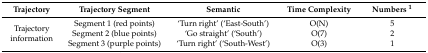
<table><thead><tr><td><b>Trajectory</b></td><td><b>Trajectory Segment</b></td><td><b>Semantic</b></td><td><b>Time Complexity</b></td><td><b>Numbers <sup>1</sup></b></td></tr></thead><tbody><tr><td rowspan="3">Trajectory information</td><td>Segment 1 (red points)</td><td>‘Turn right’ (‘East-South’)</td><td>O(N)</td><td>5</td></tr><tr><td>Segment 2 (blue points)</td><td>‘Go straight’ (‘South’)</td><td>O(7)</td><td>2</td></tr><tr><td>Segment 3 (purple points)</td><td>‘Turn right’ (‘South-West’)</td><td>O(3)</td><td>1</td></tr></tbody></table>